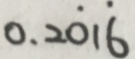
0 . 2 \dot { 0 } 1 \dot { 6 }